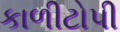
કાળીટોપી